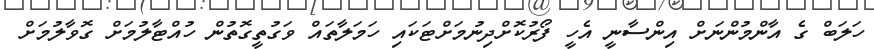
ހަލަބް ގެ އާންމުންނަށް އިންސާނީ އެހީ ފޯރުކޮށްދިނުމަށްޓަކައި ހަމަލާތައް ވަގުތީގޮތުން ހުއްޓާލުމަށް ގޮވާލުމަށް